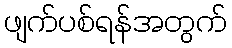
ဖျက်ပစ်ရန်အတွက်